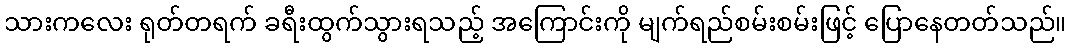
သားကလေး ရုတ်တရက် ခရီးထွက်သွားရသည့် အကြောင်းကို မျက်ရည်စမ်းစမ်းဖြင့် ပြောနေတတ်သည်။